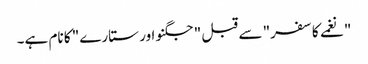
"نغمے کا سفر" سے قبل "جگنو اور ستارے" کا نام ہے۔